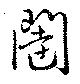
闥